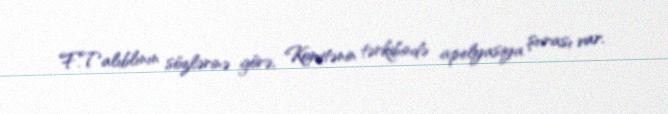
F.Talıblının sözlərinə görə, Komitənin tərkibində apelyasiya şurası var.